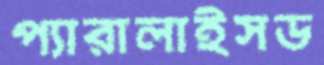
প্যারালাইসড